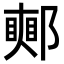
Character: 𨞜